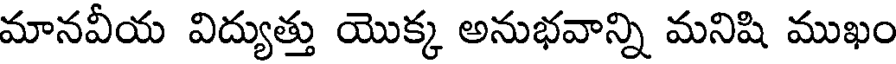
మానవీయ విద్యుత్తు యొక్క అనుభవాన్ని మనిషి ముఖం